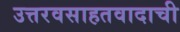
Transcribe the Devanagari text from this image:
उत्तरवसाहतवादाची